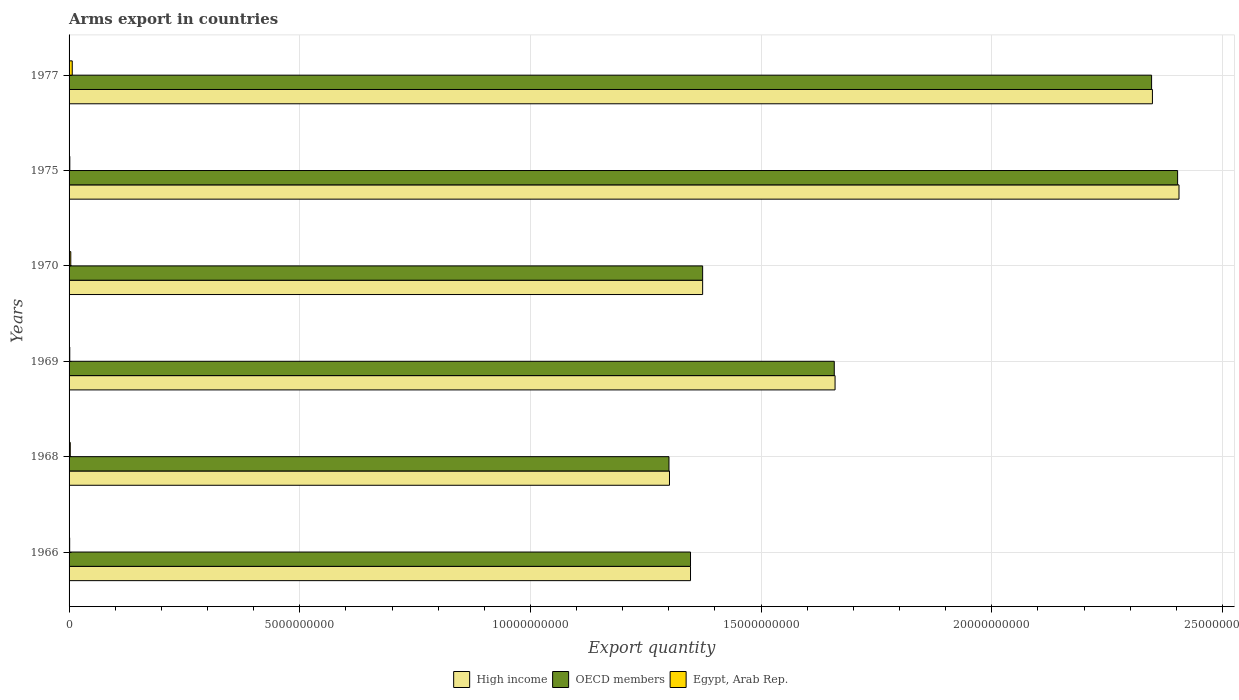
| Years | High income | OECD members | Egypt, Arab Rep. |
 | --- | --- | --- | --- |
 | 1966 | 1.35e+10 | 1.35e+10 | 1.3e+07 |
 | 1968 | 1.3e+10 | 1.3e+10 | 2.6e+07 |
 | 1969 | 1.66e+10 | 1.66e+10 | 1.5e+07 |
 | 1970 | 1.37e+10 | 1.37e+10 | 3.7e+07 |
 | 1975 | 2.41e+10 | 2.4e+10 | 1.6e+07 |
 | 1977 | 2.35e+10 | 2.35e+10 | 6.9e+07 |